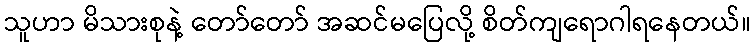
သူဟာ မိသားစုနဲ့ တော်တော် အဆင်မပြေလို့ စိတ်ကျရောဂါရနေတယ်။